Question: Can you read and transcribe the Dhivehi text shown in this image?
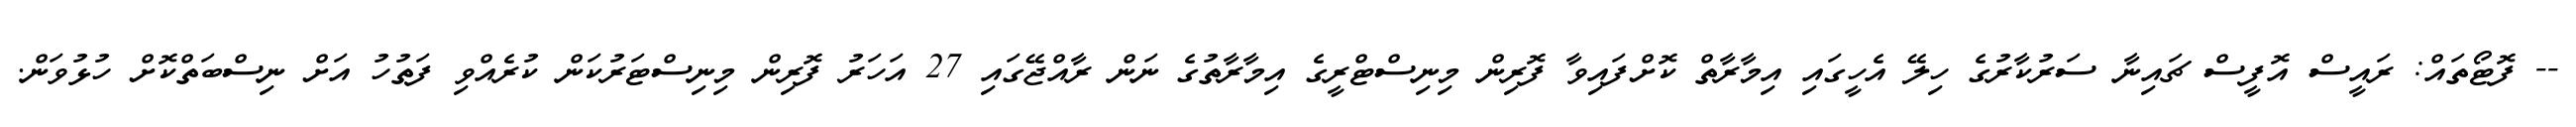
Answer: -- ފޮޓޯތައް: ރައީސް އޮފީސް ޗައިނާ ސަރުކާރުގެ ހިލޭ އެހީގައި އިމާރާތް ކޮށްފައިވާ ފޮރިން މިނިސްޓްރީގެ އިމާރާތުގެ ނަން ރާއްޖޭގައި 27 އަހަރު ފޮރިން މިނިސްޓަރުކަން ކުރެއްވި ފަތުހު އަށް ނިސްބަތްކޮށް ހުޅުވަން.